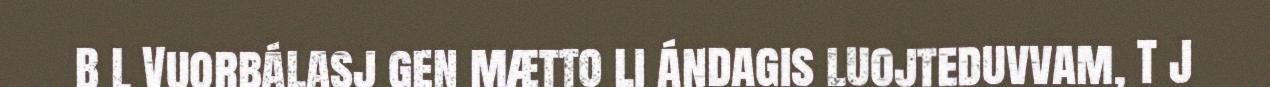
B L Vuorbálasj gen mætto li ándagis luojteduvvam, T J